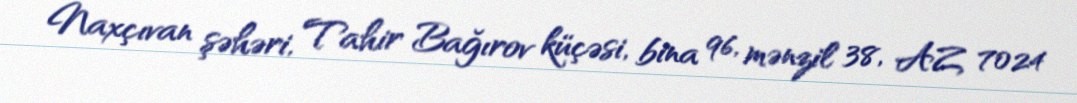
Naxçıvan şəhəri, Tahir Bağırov küçəsi, bina 96, mənzil 38, AZ 7024